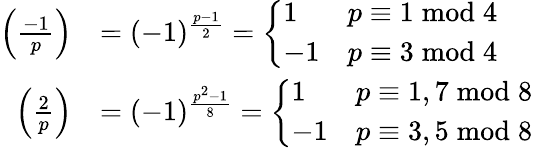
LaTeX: {\begin{array}{rl}{\left({\frac{-1}{p}}\right)}&{=(-1)^{\frac{p-1}{2}}={\left\{ \begin{array}{ll}{1}&{p\equiv 1{\bmod{4}}}\\ {-1}&{p\equiv 3{\bmod{4}}}\end{array}\right.}}\\ {\left({\frac{2}{p}}\right)}&{=(-1)^{\frac{p^{2}-1}{8}}={\left\{ \begin{array}{ll}{1}&{p\equiv 1,7{\bmod{8}}}\\ {-1}&{p\equiv 3,5{\bmod{8}}}\end{array}\right.}}\end{array}}